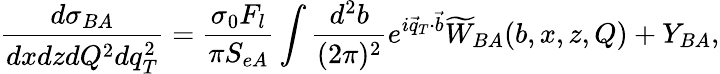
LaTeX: \frac{d\sigma_{BA}}{dxdzdQ^{2}dq_{T}^{2}}=\frac{\sigma_{0}F_{l}}{\pi S_{eA}}\int\frac{d^{2}b}{(2\pi)^{2}}e^{i\vec{q}_{T}\cdot\vec{b}}\widetilde{W}_{BA}(b,x,z,Q)+Y_{BA},